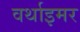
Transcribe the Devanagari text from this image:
वर्थाइमर